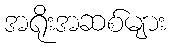
အရိုးအဆစ်များ